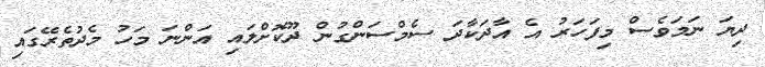
ދިޔަ ނަމަވެސް މިފަހަރު އެ އާދަކާދަ ސެމްސަންގުން ދޫކޮށްލައި އަންނަ މަހު މެދުތެރޭގައި